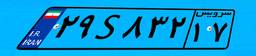
۲۹S۸۳۲۱۷